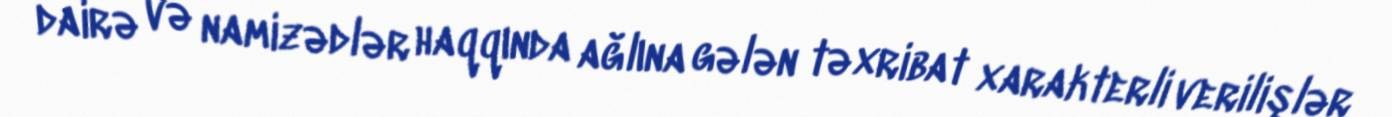
dairə və namizədlər haqqında ağlına gələn təxribat xarakterli verilişlər